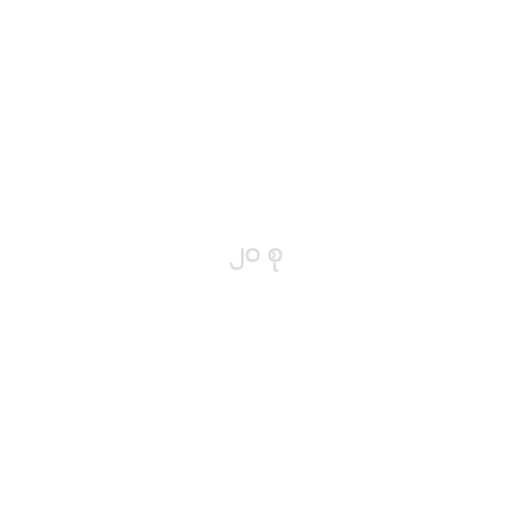
၂၀ စု